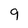
Character: 9